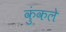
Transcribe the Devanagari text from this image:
कुंकले